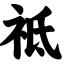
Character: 祗